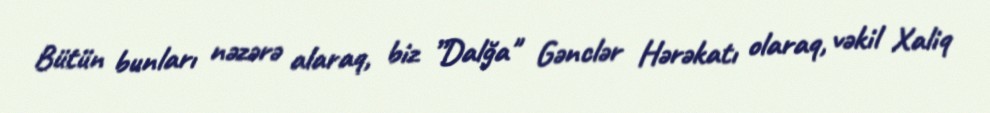
Bütün bunları nəzərə alaraq, biz ”Dalğa" Gənclər Hərəkatı olaraq, vəkil Xaliq